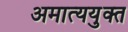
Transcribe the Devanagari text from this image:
अमात्ययुक्त